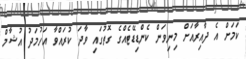
ކަމަށް އެ ދާއިރާއަށް މިނިވަން ކެންޑިޑޭޓެއްގެ ގޮތުގައި ވާދަ ކުރައްވާ އަހުމަދު އުޝާމް